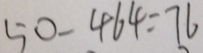
5 0 - 4 6 4 = 7 6